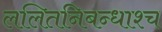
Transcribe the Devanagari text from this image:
ललितनिबन्धाश्च